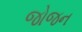
જોજન